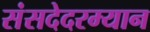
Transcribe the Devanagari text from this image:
संसदेदरम्यान